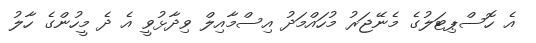
އެ ހޮސްޕިޓަލުގެ މެނޭޖަރު މުހައްމަދު އިސްމާއިލް ވިދާޅުވީ އެ ދެ މީހުންގެ ހާލު